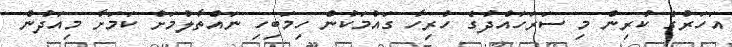
އަހަރުގެ ކުރިން މި ސަރަހައްދުގެ ހުރިހާ ގައުމަކުން ހިމަބިހި ނައްތާލުމަށް ކަމަށާ މިއަދުން